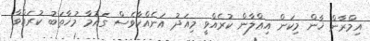
އިމްރާން ޚާން މިކަން އިޢްލާން ކުރެއްވީ މިއަދު އަނެއްކާވެސް ގައުމާ މުޚާތަބު ކުރައްވާ